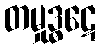
တမှုဒ္ဓဋေ